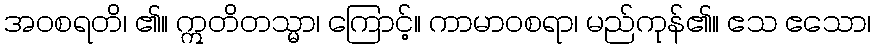
အဝစရတိ၊ ၏။ ဣတိတသ္မာ၊ ကြောင့်။ ကာမာဝစရာ၊ မည်ကုန်၏။ ဧသ ဧသော၊